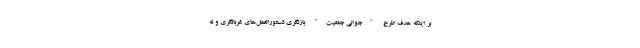
بر اینکه هدف طرح "جوانی جمعیت" بازنگری دستورالعمل‌های غربالگری و نه